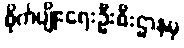
စိုက်ပျိုးရေးဦးစီးဌာနမှ